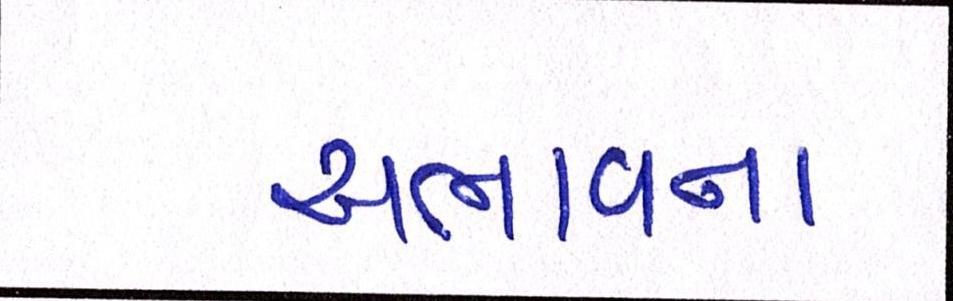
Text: અભાવને